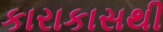
કારાકાસથી